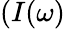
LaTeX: (I(\omega)